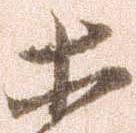
等